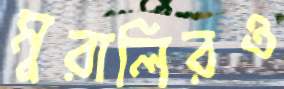
মুরালিরও